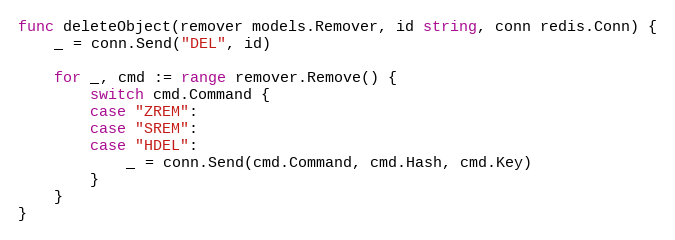
Language: Go
func deleteObject(remover models.Remover, id string, conn redis.Conn) {
	_ = conn.Send("DEL", id)

	for _, cmd := range remover.Remove() {
		switch cmd.Command {
		case "ZREM":
		case "SREM":
		case "HDEL":
			_ = conn.Send(cmd.Command, cmd.Hash, cmd.Key)
		}
	}
}